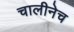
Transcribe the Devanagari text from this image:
चालीनेच